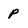
Character: P